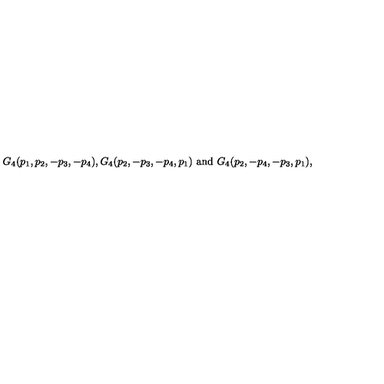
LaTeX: G _ { 4 } ( p _ { 1 } , p _ { 2 } , - p _ { 3 } , - p _ { 4 } ) , G _ { 4 } ( p _ { 2 } , - p _ { 3 } , - p _ { 4 } , p _ { 1 } ) \ \mathrm { a n d } \ G _ { 4 } ( p _ { 2 } , - p _ { 4 } , - p _ { 3 } , p _ { 1 } ) ,